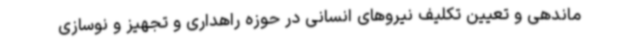
ماندهی و تعیین تکلیف نیروهای انسانی در حوزه راهداری و تجهیز و نوسازی